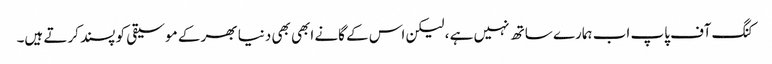
کنگ آف پاپ اب ہمارے ساتھ نہیں ہے ، لیکن اس کے گانے ابھی بھی دنیا بھر کے موسیقی کو پسند کرتے ہیں۔